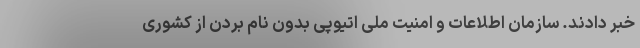
خبر دادند. سازمان اطلاعات و امنیت ملی اتیوپی بدون نام بردن از کشوری